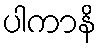
ပါကာနိ